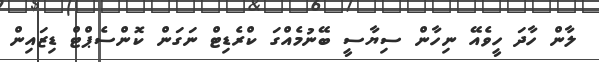
ލާން ހާދަ ހީވެއޭ ނިހާން ސިޔާސީ ބޭނުމެއްގަ ކްރެޑިޓް ނަގަން ކޮންސެޕްޓް ޑިޒައިން